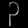
Digit: ၃